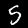
Label: 5